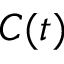
C ( t )